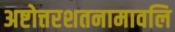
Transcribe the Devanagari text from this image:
अष्टोत्तरशतनामावलि